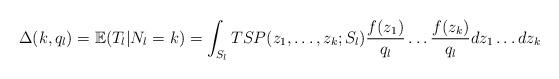
LaTeX: \begin{align*}\Delta(k,q_l) = \mathbb{E}(T_l|N_l = k) = \int_{S_l} TSP(z_1,\ldots,z_k;S_l) \frac{f(z_1)}{q_l}\ldots \frac{f(z_k)}{q_l} dz_1\ldots dz_k\end{align*}